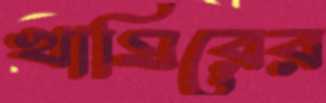
খামিরের